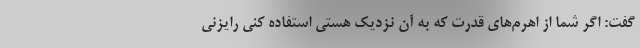
گفت: اگر شما از اهرم‌های قدرت که به آن نزدیک هستی استفاده کنی رایزنی